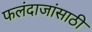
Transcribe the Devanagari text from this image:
फलंदाजांसाठी